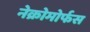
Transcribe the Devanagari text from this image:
नेक्रोमोर्फस